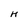
Character: H